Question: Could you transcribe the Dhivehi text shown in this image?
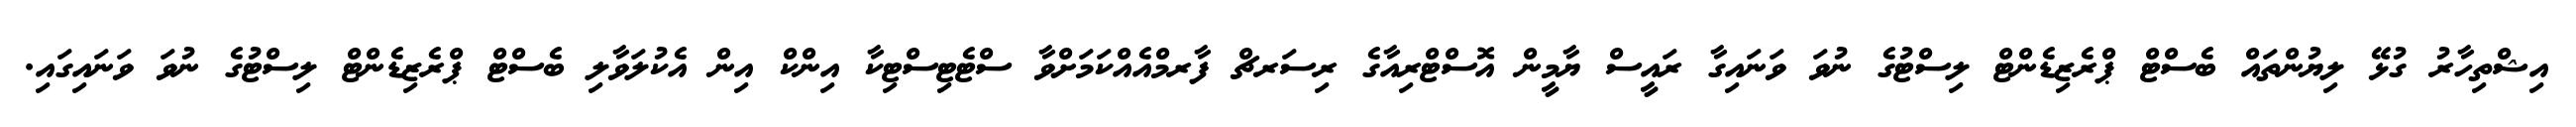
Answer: އިޝްތިހާރު ގުޅޭ ލިޔުންތައް ބެސްޓް ޕްރެޒިޑެންޓް ލިސްޓުގެ ނުވަ ވަނައިގާ ރައީސް ޔާމީން އޮސްޓްރިއާގެ ރިސަރޗް ފާރމްއެއްކަމަށްވާ ސްޓެޓިސްޓިކާ އިންކް އިން އެކުލަވާލި ބެސްޓް ޕްރެޒިޑެންޓް ލިސްޓުގެ ނުވަ ވަނައިގައި.